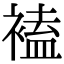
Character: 𧛾